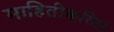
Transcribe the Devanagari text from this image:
माहितीकरिता